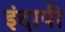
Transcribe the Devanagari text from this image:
इंदापी